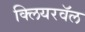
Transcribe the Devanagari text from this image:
क्लियरवॅल